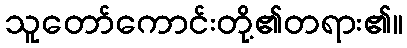
သူတော်ကောင်းတို့၏တရား၏။